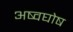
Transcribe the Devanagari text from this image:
अष्वघोष